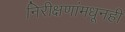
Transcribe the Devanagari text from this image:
निरीक्षणांमधूनही